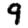
Digit: 9